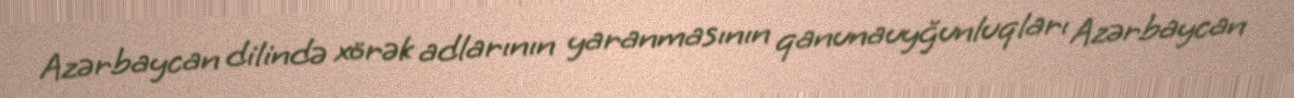
Azərbaycan dilində xörək adlarının yaranmasının qanunauyğunluqları Azərbaycan